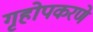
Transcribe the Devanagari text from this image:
गृहोपकरणे